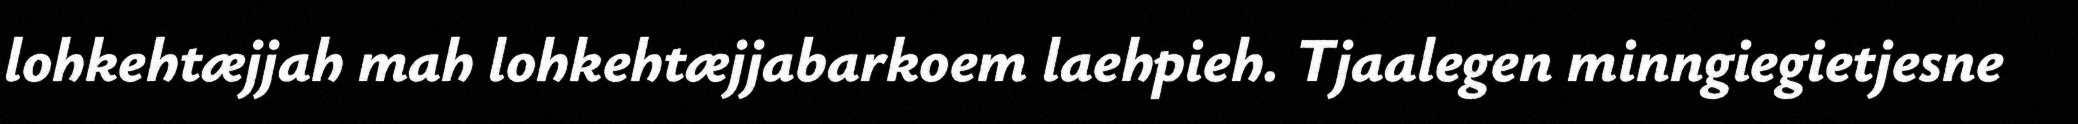
lohkehtæjjah mah lohkehtæjjabarkoem laehpieh. Tjaalegen minngiegietjesne